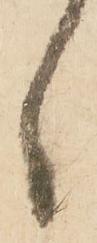
々